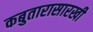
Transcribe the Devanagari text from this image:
कबुतारासारखी